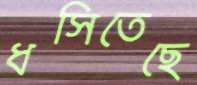
ধসিতেছে